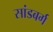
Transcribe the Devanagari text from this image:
सांडबर्ग